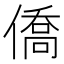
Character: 僑